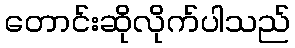
တောင်းဆိုလိုက်ပါသည်